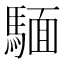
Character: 𫘏